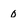
Character: 0